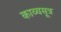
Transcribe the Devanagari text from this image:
काव्यसूत्र